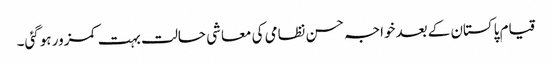
قیام پاکستان کے بعدخواجہ حسن نظامی کی معاشی حالت بہت کمزور ہوگئی۔